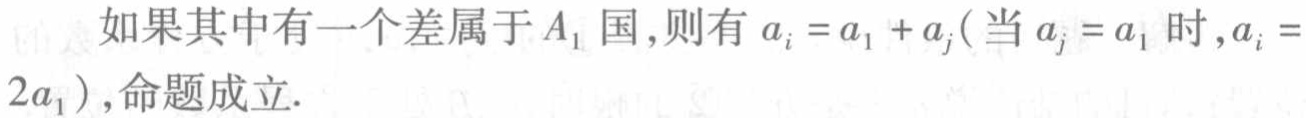
如果其中有一个差属于 \(A_1\) 国，则有 \(a_i = a_1 + a_j\)（当 \(a_j = a_1\) 时，\(a_i = 2a_1\)），命题成立.